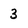
Character: 3